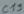
Text: C19